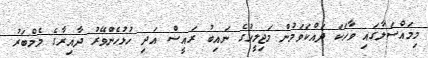
މިމައްސަލާގައި ވާހަކަ ދައްކަވަމުން މަޖިލީހުގެ ނައިބު ރައީސް އަދި ހުޅުހެންވޭރު ދާއިރާގެ މެމްބަރު